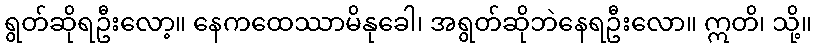
ရွတ်ဆိုရဦးလော့။ နေကထေဿာမိနုခေါ၊ အရွတ်ဆိုဘဲနေရဦးလော။ ဣတိ၊ သို့။